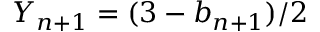
Y _ { n + 1 } = ( 3 - b _ { n + 1 } ) / 2